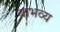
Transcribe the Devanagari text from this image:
बाभव्य